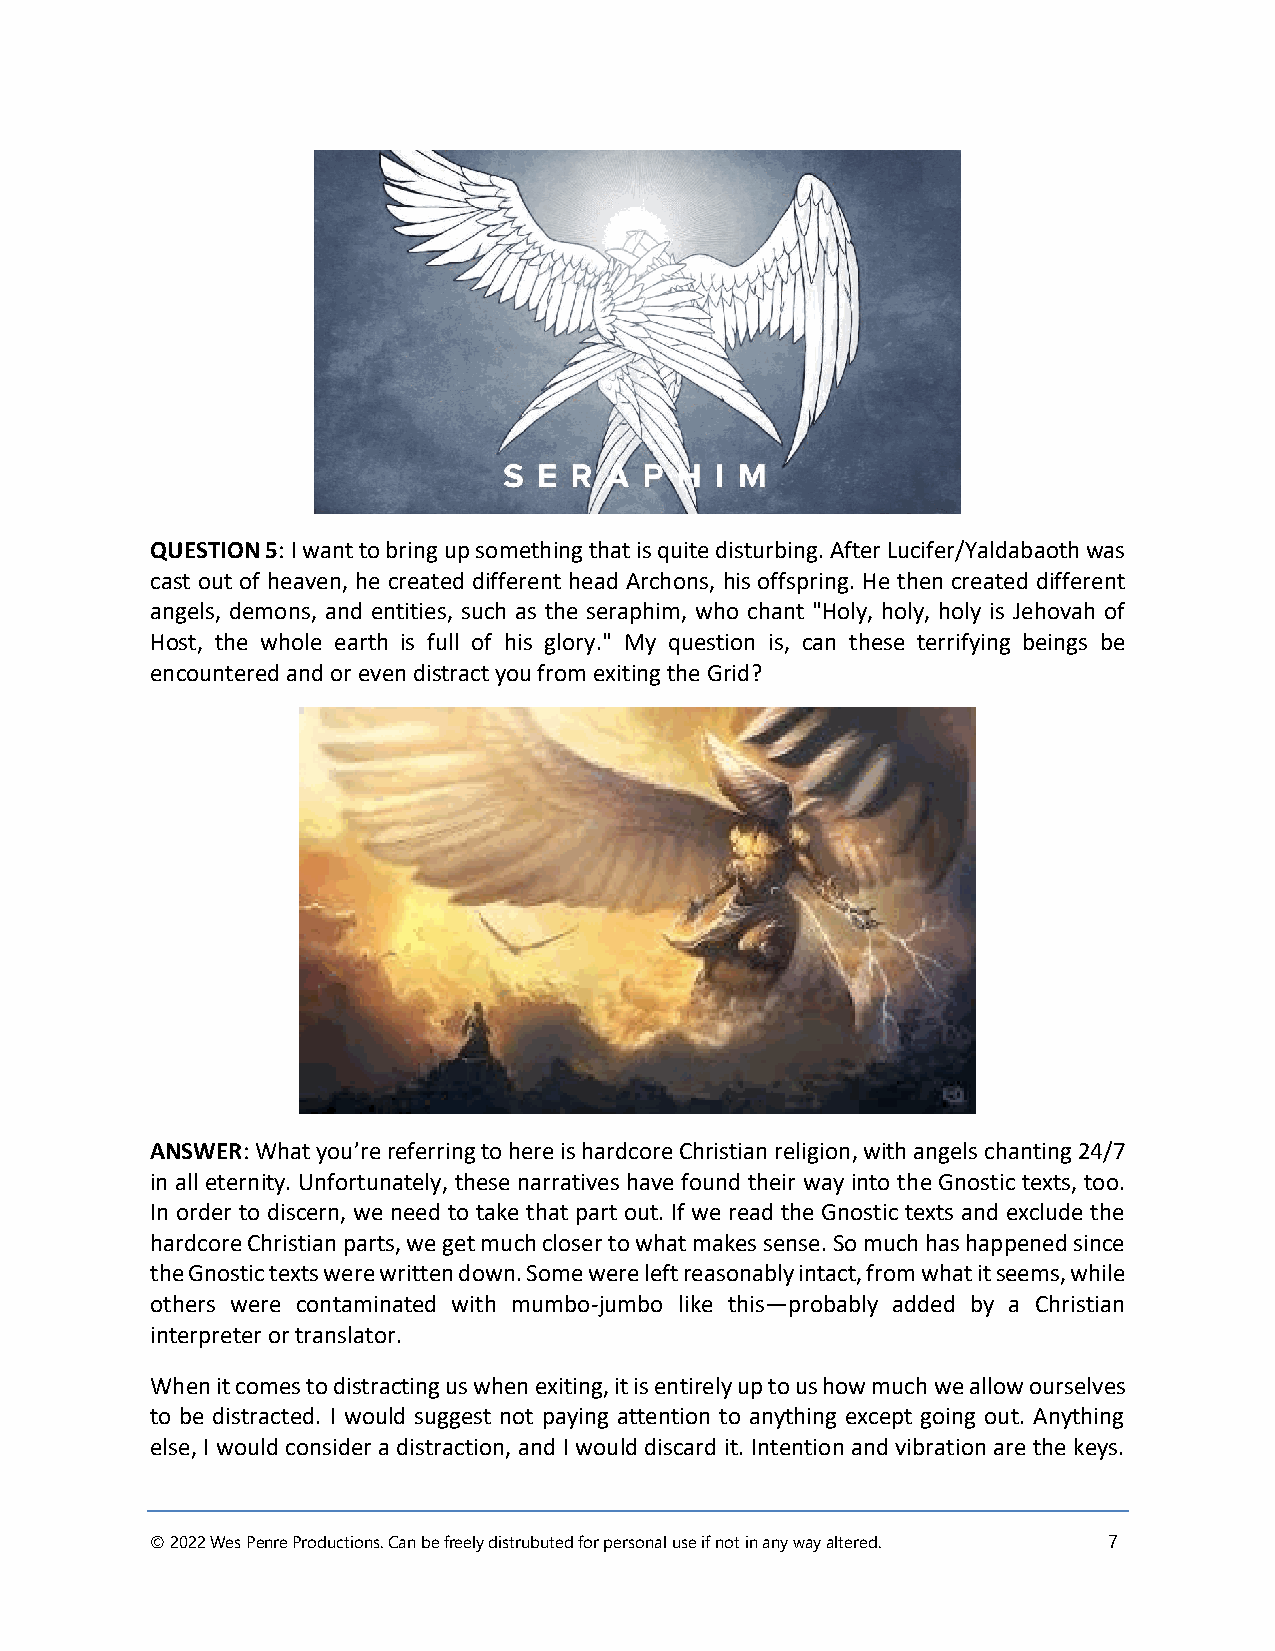
QUESTION 5: I want to bring up something that is quite disturbing. After Lucifer/Yaldabaoth was
 cast out of heaven, he created different head Archons, his offspring. He then created different
 angels, demons, and entities, such as the seraphim, who chant "Holy, holy, holy is Jehovah of
 Host, the whole earth is full of his glory." My question is, can these terrifying beings be
 encountered and or even distract you from exiting the Grid?
 ANSWER: What you’re referring to here is hardcore Christian religion, with angels chanting 24/7
 in all eternity. Unfortunately, these narratives have found their way into the Gnostic texts, too.
 In order to discern, we need to take that part out. If we read the Gnostic texts and exclude the
 hardcore Christian parts, we get much closer to what makes sense. So much has happened since
 the Gnostic texts were written down. Some were left reasonably intact, from what it seems, while
 others were contaminated with mumbo-jumbo like this—probably added by a Christian
 interpreter or translator.
 When it comes to distracting us when exiting, it is entirely up to us how much we allow ourselves
 to be distracted. I would suggest not paying attention to anything except going out. Anything
 else, I would consider a distraction, and I would discard it. Intention and vibration are the keys.
 © 2022 Wes Penre Productions. Can be freely distrubuted for personal use if not in any way altered. 7